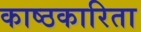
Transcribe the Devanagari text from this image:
काष्ठकारिता